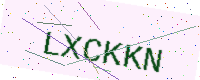
Text: LXCKKN